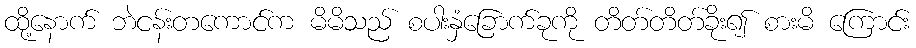
ထို့နောက် ဘဲငန်းတကောင်က မိမိသည် စပါးနှံခြောက်ခုကို တိတ်တိတ်ခိုး၍ စားမိ ကြောင်း